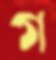
গ